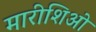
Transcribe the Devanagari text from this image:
मारीशिओ